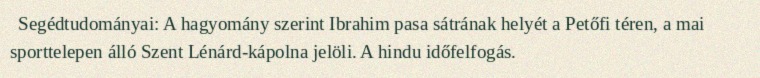
Segédtudományai: A hagyomány szerint Ibrahim pasa sátrának helyét a Petőfi téren, a mai sporttelepen álló Szent Lénárd-kápolna jelöli. A hindu időfelfogás.